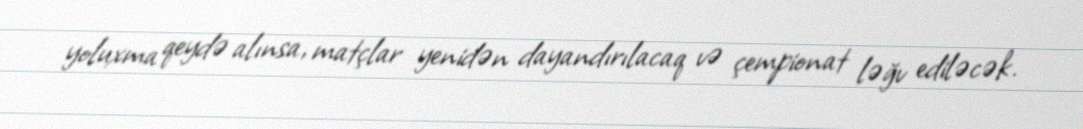
yoluxma qeydə alınsa, matçlar yenidən dayandırılacaq və çempionat ləğv ediləcək.